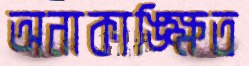
অনাকাঙ্ক্ষিত